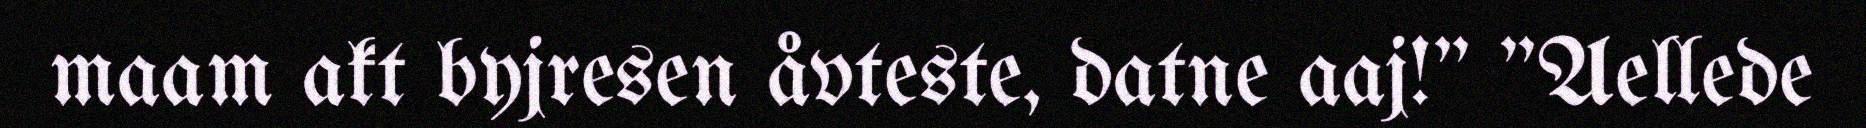
maam akt byjresen åvteste, datne aaj!" "Aellede